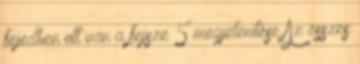
fejedben ott van a fejsze 5 megjelenítése Az összes